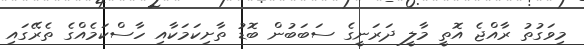
މިވަގުތު ރާއްޖެ އޮތީ މާލީ ދަރަނީގެ ސަބަބުން ބޮޑު ތާށިކަމަކާއި ހާސްކަމެއްގެ ތެރޭގައި